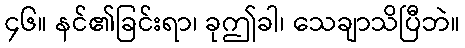
၄၆။ နင်၏ခြင်းရာ၊ ခုဤခါ၊ သေချာသိပြီဘဲ။